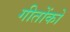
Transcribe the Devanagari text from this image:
गीतोंको